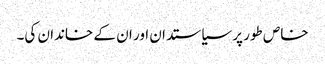
خاص طور پر سیاستدان اور ان کے خاندان کی۔